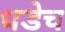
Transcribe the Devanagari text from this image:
धडेच